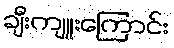
ချီးကျူးကြောင်း